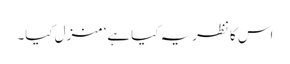
اس کا نظریہ کیا ہے‘ منزل کیا۔